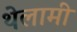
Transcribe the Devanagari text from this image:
थेलामी